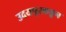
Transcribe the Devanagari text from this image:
उदयपूरकडून